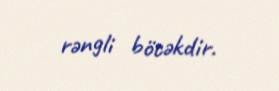
rəngli böcəkdir.